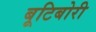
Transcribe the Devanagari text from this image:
बूटिबोरी